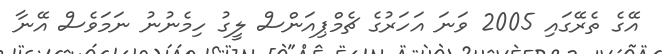
އޭގެ ތެރޭގައި 2005 ވަނަ އަހަރުގެ ޗެމްޕިއަންސް ލީގު ހިމެނުނު ނަމަވެސް އޭނާ